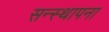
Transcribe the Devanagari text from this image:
सन्स्थापना